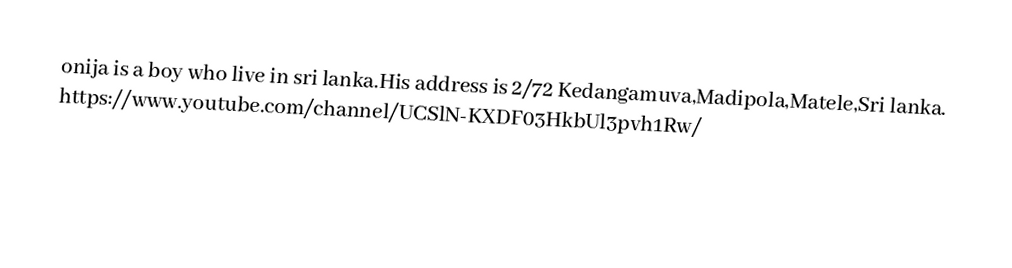
onija is a boy who live in sri lanka.His address is 2/72 Kedangamuva,Madipola,Matele,Sri lanka. https://www.youtube.com/channel/UCSlN-KXDF03HkbUl3pvh1Rw/